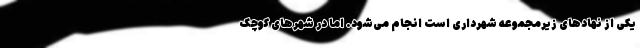
یکی از نهادهای زیرمجموعه شهرداری است انجام می‌شود. اما در شهرهای کوچک